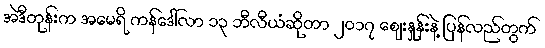
အဲဒီတုန်းက အမေရိ ကန်ဒေါ်လာ ၁၃ ဘီလီယံဆိုတာ ၂၀၁၇ ဈေးနှုန်းနဲ့ ပြန်လည်တွက်